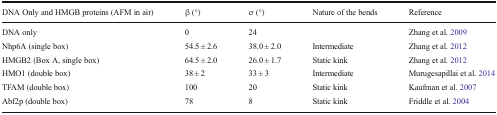
<table><thead><tr><td><b>DNA Only and HMGB proteins (AFM in air)</b></td><td><b>β (°)</b></td><td><b>σ (°)</b></td><td><b>Nature of the bends</b></td><td><b>Reference</b></td></tr></thead><tbody><tr><td>DNA only</td><td>0</td><td>24</td><td></td><td>Zhang et al. 2009</td></tr><tr><td>Nhp6A (single box)</td><td>54.5 ± 2.6</td><td>38.0 ± 2.0</td><td>Intermediate</td><td>Zhang et al. 2012</td></tr><tr><td>HMGB2 (Box A, single box)</td><td>64.5 ± 2.0</td><td>26.0 ± 1.7</td><td>Static kink</td><td>Zhang et al. 2012</td></tr><tr><td>HMO1 (double box)</td><td>38 ± 2</td><td>33 ± 3</td><td>Intermediate</td><td>Murugesapillai et al. 2014</td></tr><tr><td>TFAM (double box)</td><td>100</td><td>20</td><td>Static kink</td><td>Kaufman et al. 2007</td></tr><tr><td>Abf2p (double box)</td><td>78</td><td>8</td><td>Static kink</td><td>Friddle et al. 2004</td></tr></tbody></table>